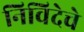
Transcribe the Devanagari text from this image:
निविदेचे